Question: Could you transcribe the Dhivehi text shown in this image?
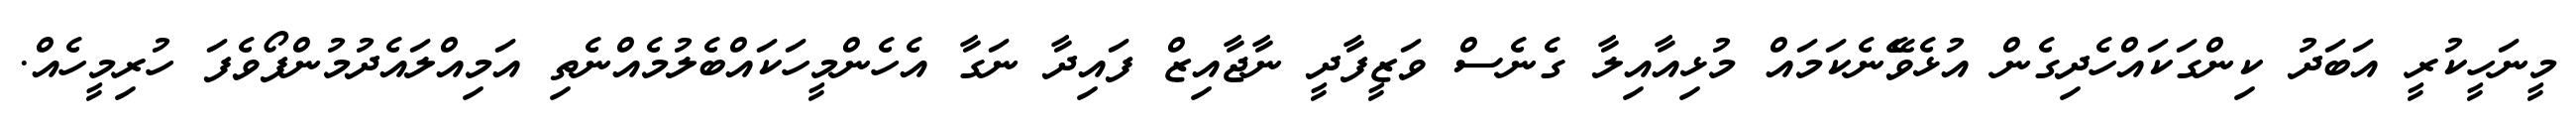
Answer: މީނަހީކުރީ އަބަދު ކިންގަކައްހެދިގެން އުޅެވެޭނެކަމައް މުޅިއާއިލާ ގެނެސް ވަޒީފާދީ ނާޖާއިޒް ފައިދާ ނަގާ އެހެންމީހަކައްބެލުމެއްނެތި އަމިއްލައެދުމުންފޯވެފަ ހުރިމީހެއް.